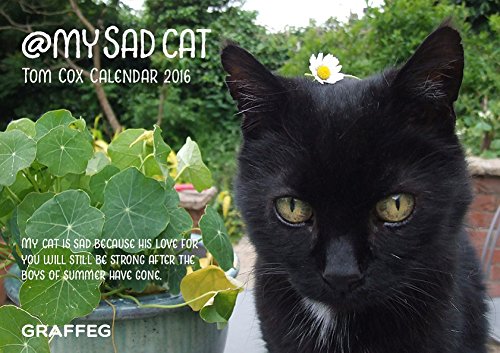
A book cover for @MYSADCAT 2016 Calendar; Tom Cox; Calendars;